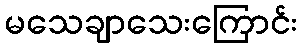
မသေချာသေးကြောင်း